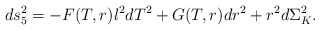
\begin{align*}ds_5^2 = -F(T,r) l^2dT^2 + G(T,r)dr^2 + r^2 d\Sigma^2_K. \end{align*}